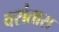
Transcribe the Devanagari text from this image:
वसंतास